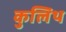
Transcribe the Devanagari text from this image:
कुलिथ